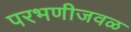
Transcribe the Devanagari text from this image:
परभणीजवळ